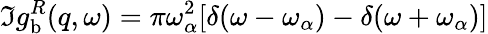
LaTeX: \Im{g_{\mathrm{b}}^{R}(q,\omega)}=\pi\omega_{\alpha}^{2}[\delta(\omega-\omega_{\alpha})-\delta(\omega+\omega_{\alpha})]